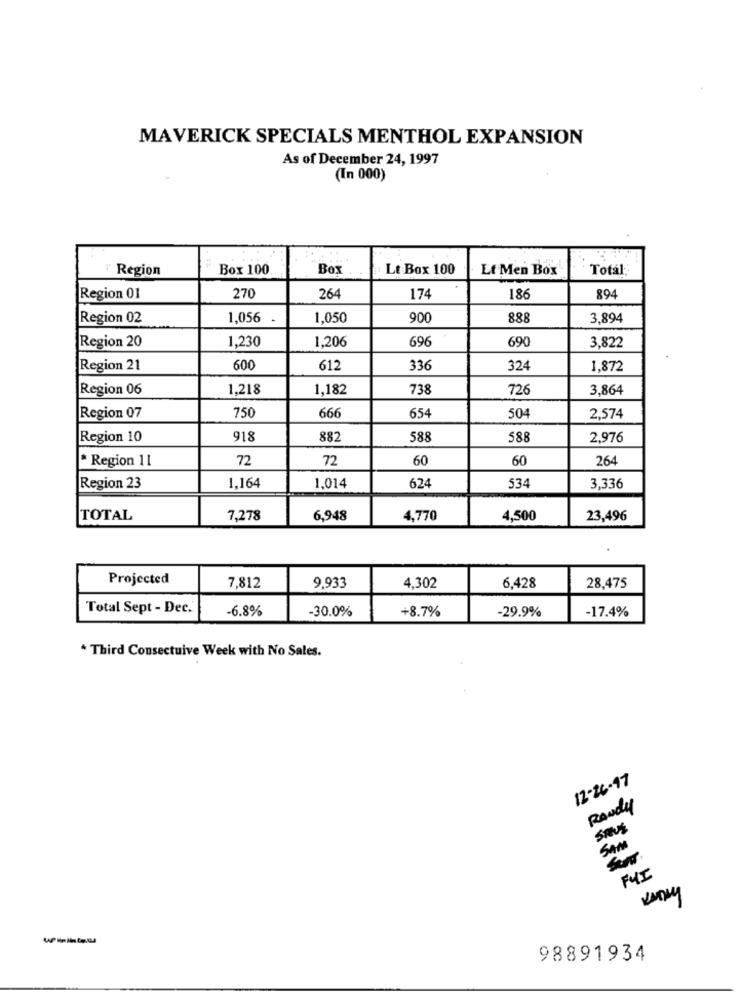
MAVERICK SPECIALS MENTHOL EXPANSION
As of December 24, 1997
(In 000)
" Region
Box 100
Box
Lt Box 100
Et Men Box
Total:
Region 01
270
264
174
186
894
Region 02
1,056
1,050
900
888
3,894
Region 20
1,230
1,206
696
690
3,822
Region 21
600
612
336
324
1,872
Region 06
1,218
1,182
738
726
3,864
Region 07
750
666
654
504
2,574
Region 10
918
882
588
588
2,976
* Region 11
72
72
60
60
264
624
Region 23
1.164
1,014
534
3,336
TOTAL
7,278
6,948
4,770
4,500
23,496
Projected
6,428
7,812
9,933
4,302
28,475
Total Sept - Dec.
-6.8%
-30.0%
+8.7%
-29.9%
-17.4%
* Third Consectuive Week with No Sales.
12-26-97
Randy
SAVE
SAM
FYI
98891934